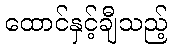
ထောင်နှင့်ချီသည့်